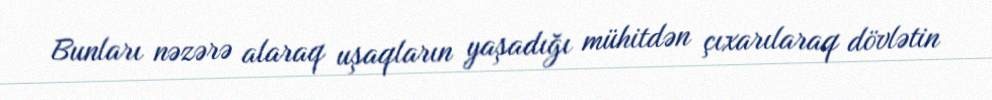
Bunları nəzərə alaraq uşaqların yaşadığı mühitdən çıxarılaraq dövlətin